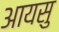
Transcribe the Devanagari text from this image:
आयसु